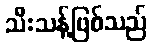
သီးသန့်ဖြစ်သည်